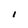
Character: I